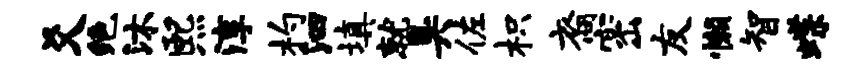
爻绝沐熙淳杓泗填就臭佐枳裔密友懒智蝶